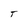
Character: T